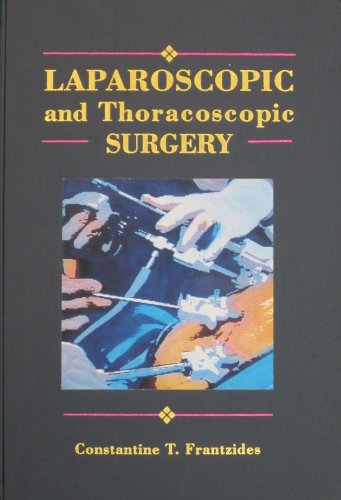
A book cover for Laparoscopic and Thoracoscopic Surgery; Constantine T. Frantzides; Medical Books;